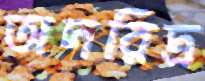
অদরিদ্র